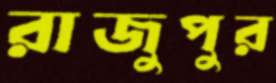
রাজুপুর